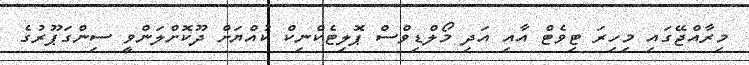
މިރާއްޖޭގައި މިހިރަ ޓިވެޓް އާއި އަދި މޯލްޑިވްސް ޕޮލިޓެކްނިކް ކުއްޔަށް ދޫކޮށްލަންވީ ސިންގަޕޫރުގެ